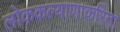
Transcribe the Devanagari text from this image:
लोककल्याणाकरिता